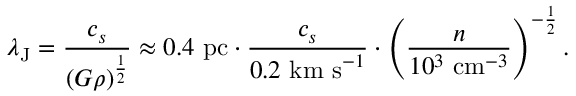
\lambda _ { \mathrm { J } } = { \frac { c _ { s } } { ( G \rho ) ^ { \frac { 1 } { 2 } } } } \approx 0 . 4 { \mathrm { ~ p c } } \cdot { \frac { c _ { s } } { 0 . 2 { \mathrm { ~ k m ~ s } } ^ { - 1 } } } \cdot \left( { \frac { n } { 1 0 ^ { 3 } { \mathrm { ~ c m } } ^ { - 3 } } } \right) ^ { - { \frac { 1 } { 2 } } } .